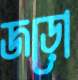
জড়ো